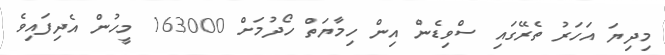
މިދިޔަ އަހަރު ތެރޭގައި ސްވިޑެން އިން ހިމާޔަތް ހޯދުމަށް 163000 މީހުން އެދިފައިވެ